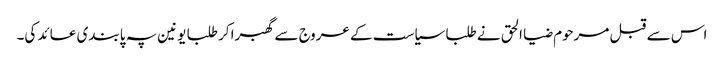
اس سے قبل مرحوم ضیا الحق نے طلبا سیاست کے عروج سے گھبرا کر طلبا یونین پہ پابندی عائد کی۔